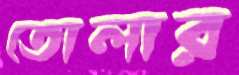
তোলার